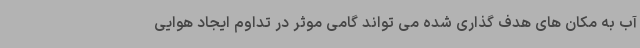
آب به مکان های هدف گذاری شده می تواند گامی موثر در تداوم ایجاد هوایی